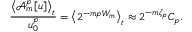
\frac { \left\langle \mathcal { A } _ { m } ^ { p } [ u ] \right\rangle _ { t } } { u _ { 0 } ^ { p } } = \left\langle 2 ^ { - m p W _ { m } } \right\rangle _ { t } \approx 2 ^ { - m \zeta _ { p } } C _ { p } .